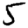
Digit: 5